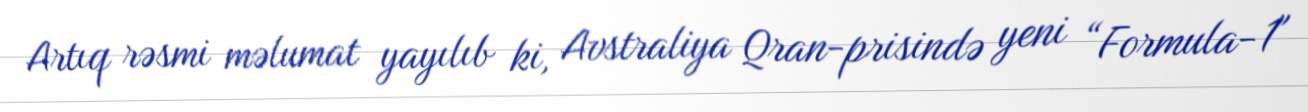
Artıq rəsmi məlumat yayılıb ki, Avstraliya Qran-prisində yeni “Formula-1"